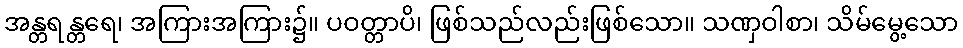
အန္တရန္တရေ၊ အကြားအကြား၌။ ပဝတ္တာပိ၊ ဖြစ်သည်လည်းဖြစ်သော။ သဏှဝါစာ၊ သိမ်မွေ့သော